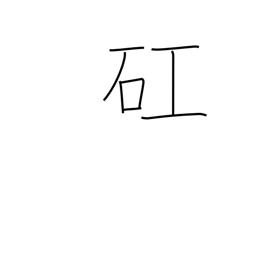
Meaning: serious minded